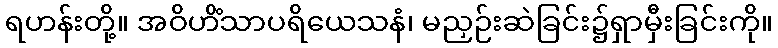
ရဟန်းတို့။ အဝိဟိံသာပရိယေသနံ၊ မညှဉ်းဆဲခြင်း၌ရှာမှီးခြင်းကို။